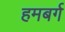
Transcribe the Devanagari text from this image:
हमबर्ग